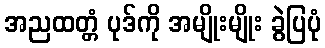
အညထတ္တံ ပုဒ်ကို အမျိုးမျိုး ခွဲပြပုံ